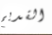
القديم